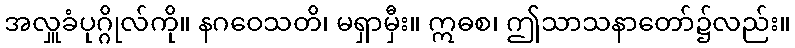
အလှူခံပုဂ္ဂိုလ်ကို။ နဂဝေသတိ၊ မရှာမှီး။ ဣဓစ၊ ဤသာသနာတော်၌လည်း။